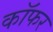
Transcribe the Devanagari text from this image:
कॉफर